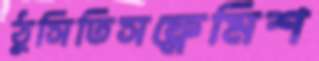
ঠুসিতিসফ্লেমিশ